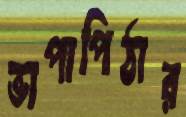
ভাপাপিঠার